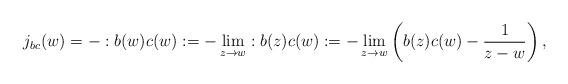
LaTeX: \begin{align*}j_{bc}(w)=-:b(w)c(w):=-\lim_{z\to w}:b(z)c(w):=-\lim_{z\to w}\left(b(z)c(w)-\frac{1}{z-w}\right),\end{align*}